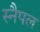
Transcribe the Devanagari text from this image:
स्नैपल